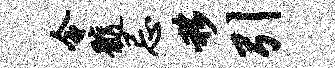
令髓忌移引